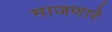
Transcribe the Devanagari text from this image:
माजणारे